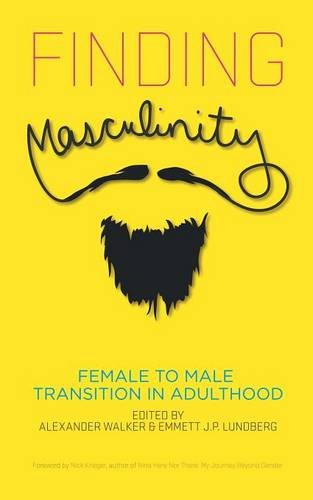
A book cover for Finding Masculinity: Female to Male Transition in Adulthood; Alexander Walker; Gay & Lesbian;